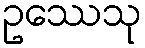
ဥဿေသု